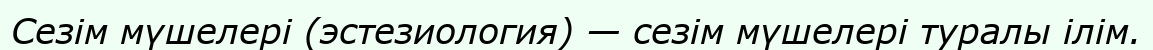
Сезім мүшелері (эстезиология) — сезім мүшелері туралы ілім.